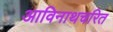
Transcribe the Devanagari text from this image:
आविनाथचरित